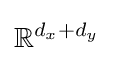
\mathbb {R} ^{d_{x}+d_{y}}